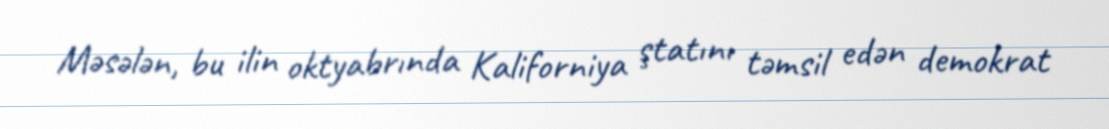
Məsələn, bu ilin oktyabrında Kaliforniya ştatını təmsil edən demokrat